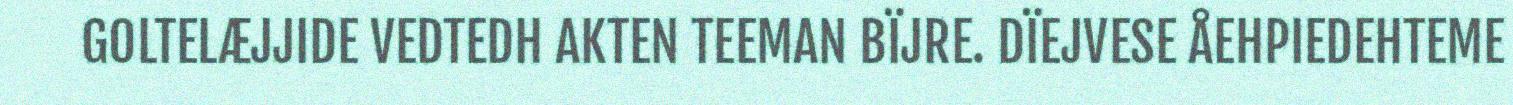
GOLTELÆJJIDE VEDTEDH AKTEN TEEMAN BÏJRE. DÏEJVESE ÅEHPIEDEHTEME